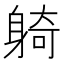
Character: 躸